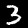
Digit: 3